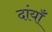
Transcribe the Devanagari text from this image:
दांयाँ